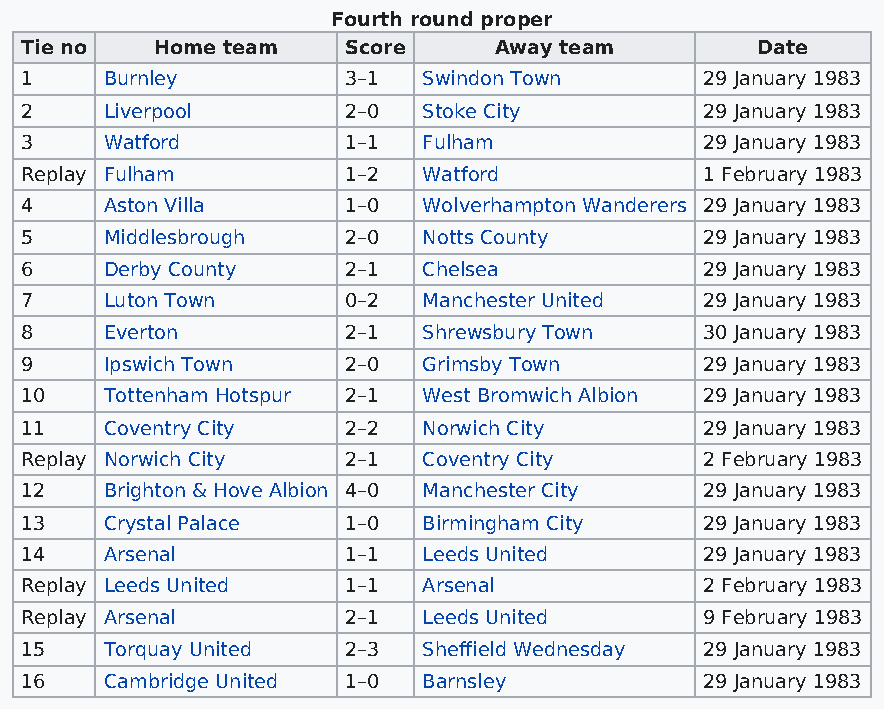
Fourth round proper
 Tie no   Home team    Score     Away team        Date
 1     Burnley         3–1  Swindon Town       29 January 1983
 2     Liverpool       2–0  Stoke City         29 January 1983
 3     Watford         1–1  Fulham             29 January 1983
 Replay Fulham         1–2  Watford            1 February 1983
 4     Aston Villa     1–0  Wolverhampton Wanderers 29 January 1983
 5     Middlesbrough   2–0  Notts County       29 January 1983
 6     Derby County    2–1  Chelsea            29 January 1983
 7     Luton Town      0–2  Manchester United  29 January 1983
 8     Everton         2–1  Shrewsbury Town    30 January 1983
 9     Ipswich Town    2–0  Grimsby Town       29 January 1983
 10    Tottenham Hotspur 2–1 West Bromwich Albion 29 January 1983
 11    Coventry City   2–2  Norwich City       29 January 1983
 Replay Norwich City   2–1  Coventry City      2 February 1983
 12    Brighton & Hove Albion 4–0 Manchester City 29 January 1983
 13    Crystal Palace  1–0  Birmingham City    29 January 1983
 14    Arsenal         1–1  Leeds United       29 January 1983
 Replay Leeds United   1–1  Arsenal            2 February 1983
 Replay Arsenal        2–1  Leeds United       9 February 1983
 15    Torquay United  2–3  Sheffield Wednesday 29 January 1983
 16    Cambridge United 1–0 Barnsley           29 January 1983